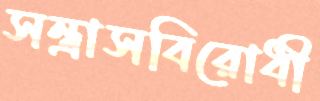
সন্ত্রাসবিরোধী